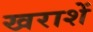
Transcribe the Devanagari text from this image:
खराशें